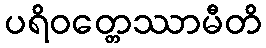
ပရိဝတ္တေဿာမီတိ